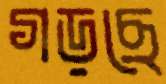
গড়ছে